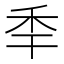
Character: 𥝝